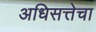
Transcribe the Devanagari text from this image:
अधिसत्तेचा